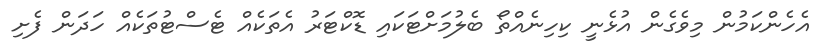
އެހެންކަމުން މިވެގެން އުޅެނީ ކިހިނެއްތޯ ބެލުމަށްޓަކައި ޑޮކްޓަރު އެތަކެއް ޓެސްޓުތަކެއް ހަދަން ފެށި